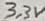
Text: 3,3V